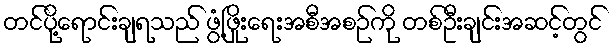
တင်ပို့ရောင်းချရသည် ဖွံ့ဖြိုးရေးအစီအစဉ်ကို တစ်ဦးချင်းအဆင့်တွင်